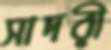
সাদরী